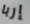
إربا